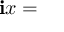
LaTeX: \mathbf { i } x =